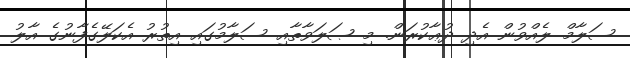
ސަލާމް ލެއްވުން އެދި ދުޢާކުރަން. މި ޞަލަވާތާއި ސަލާމުގައި އިތުރު އެކަލޭގެފާނުގެ އާލު